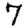
Digit: 7